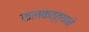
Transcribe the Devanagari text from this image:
कलकत्त्याने